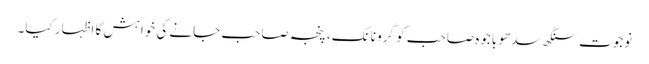
نوجوت سنگھ سدھو باجوہ صاحب کو گرو نانک، پنجہ صاحب جانے کی خواہش کا اظہار کیا۔